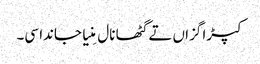
کپڑا گزاں تے گٹھا نال مِنیا جاندا سی۔